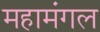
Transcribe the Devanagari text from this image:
महामंगल